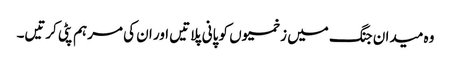
وہ میدان جنگ میں زخمیوں کو پانی پلاتیں اور ان کی مرہم پٹی کرتیں۔